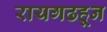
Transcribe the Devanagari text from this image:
रायगढहून